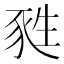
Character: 甤